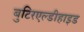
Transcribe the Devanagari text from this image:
बुटिरएल्डीहाइड